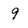
Character: 9